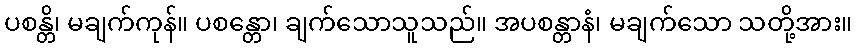
ပစန္တိ၊ မချက်ကုန်။ ပစန္တော၊ ချက်သောသူသည်။ အပစန္တာနံ၊ မချက်သော သတို့အား။